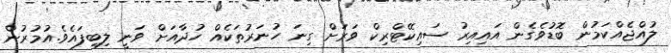
ލުއްޖެއްކަމުން ބޮޑުވެގެން އައިއިރު ސައިކޭޓްރިކް ވަރަށް ގިނަ ހުނަރުތަކެއް ހުދާއަށް ވަނީ ލިބިފައެވެ.އުމުރުން